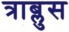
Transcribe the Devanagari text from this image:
त्राब्लुस